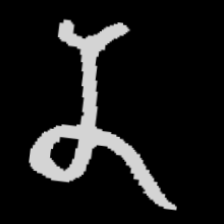
Pyu character \u2014 Myanmar letter: န (romanized: na)